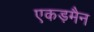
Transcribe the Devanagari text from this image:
एकड़मैन